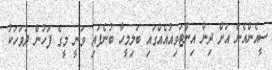
ސީއެންއެން އަށް ދިން އިންޓަވިއުއެއްގައި ބަލިމީހާ ބުނެފައި ވަނީ މީގެ ފަހުން ދުވަހަކު